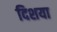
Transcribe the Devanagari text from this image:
दिशया